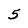
Character: 5